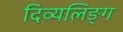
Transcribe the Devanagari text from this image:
दिव्यलिङ्ग